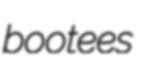
bootees